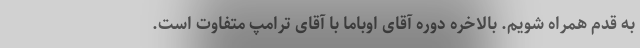
به قدم همراه شویم. بالاخره دوره آقای اوباما با آقای ترامپ متفاوت است.